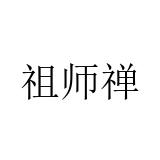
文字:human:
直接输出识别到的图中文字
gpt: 祖师禅